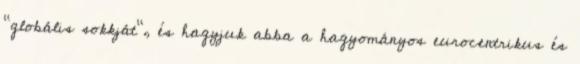
"globális sokkját", és hagyjuk abba a hagyományos eurocentrikus és